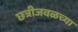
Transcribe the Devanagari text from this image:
छत्रीजवळच्या